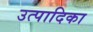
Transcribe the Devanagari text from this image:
उत्पादिका